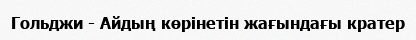
Гольджи - Айдың көрінетін жағындағы кратер